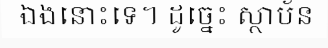
ឯងនោះទេ។ ដូច្នេះ ស្ថាប័ន